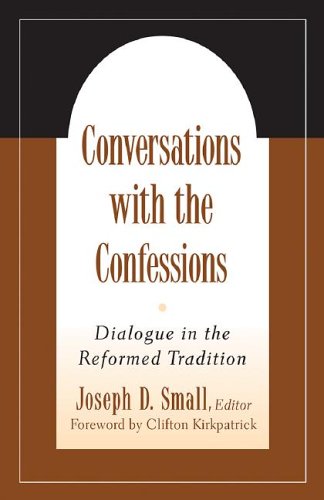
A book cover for Conversations with the Confessions: Dialogue in the Reformed Tradition; Christian Books & Bibles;